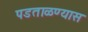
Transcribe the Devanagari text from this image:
पडताळण्यास